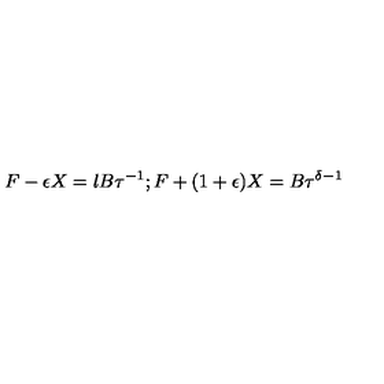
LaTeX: F - \epsilon X = l B \tau ^ { - 1 } ; F + ( 1 + \epsilon ) X = B \tau ^ { \delta - 1 }